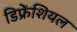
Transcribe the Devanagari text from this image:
डिफ्रेंशियल